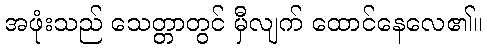
အဖုံးသည် သေတ္တာတွင် မှီလျက် ထောင်နေလေ၏။